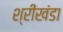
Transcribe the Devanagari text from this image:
श्रीखंडा